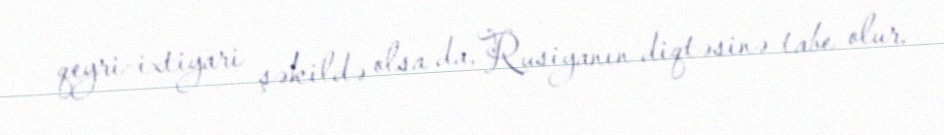
qeyri-ixtiyari şəkildə olsa da, Rusiyanın diqtəsinə tabe olur.